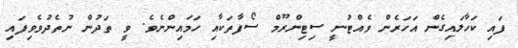
ފައި ކަހާލައިގެން އަހަރެން ވެއްޓުނީ ސިޓިންރޫމް ސޯފާތަކާއި ހަމައިންނެވެ. ވީ ތަދުން ނުތެދުވެވިފައި